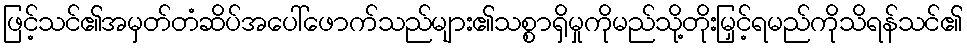
ဖြင့်သင်၏အမှတ်တံဆိပ်အပေါ်ဖောက်သည်များ၏သစ္စာရှိမှုကိုမည်သို့တိုးမြှင့်ရမည်ကိုသိရန်သင်၏